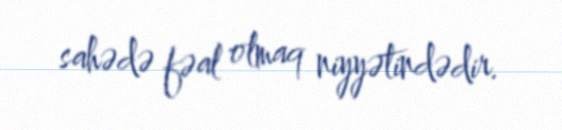
sahədə fəal olmaq niyyətindədir.